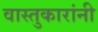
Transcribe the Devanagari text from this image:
वास्तुकारांनी